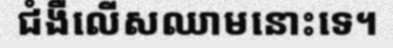
ជំងឺលើសឈាមនោះទេ។